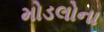
મોડલોના